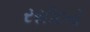
રસીદનો